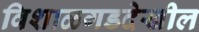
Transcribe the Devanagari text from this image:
विशाळगडदेखील